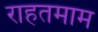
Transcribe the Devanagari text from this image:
राहतमाम